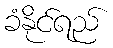
ခံနိုင်ရည်